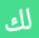
لك